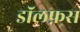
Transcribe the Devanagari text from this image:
डॉलफ़स